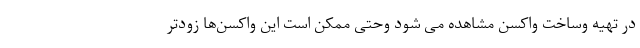
در تهیه وساخت واکسن مشاهده می شود وحتی ممکن است این واکسن‌ها زودتر